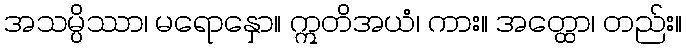
အသမ္ပိဿာ၊ မရောနှော။ ဣတိအယံ၊ ကား။ အတ္ထော၊ တည်း။